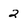
Character: 2